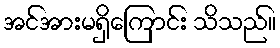
အင်အားမရှိကြောင်း သိသည်။